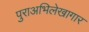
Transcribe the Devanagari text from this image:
पुराअभिलेखागार